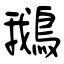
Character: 鵝